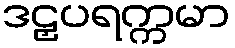
ဒဠှပရက္ကမာ